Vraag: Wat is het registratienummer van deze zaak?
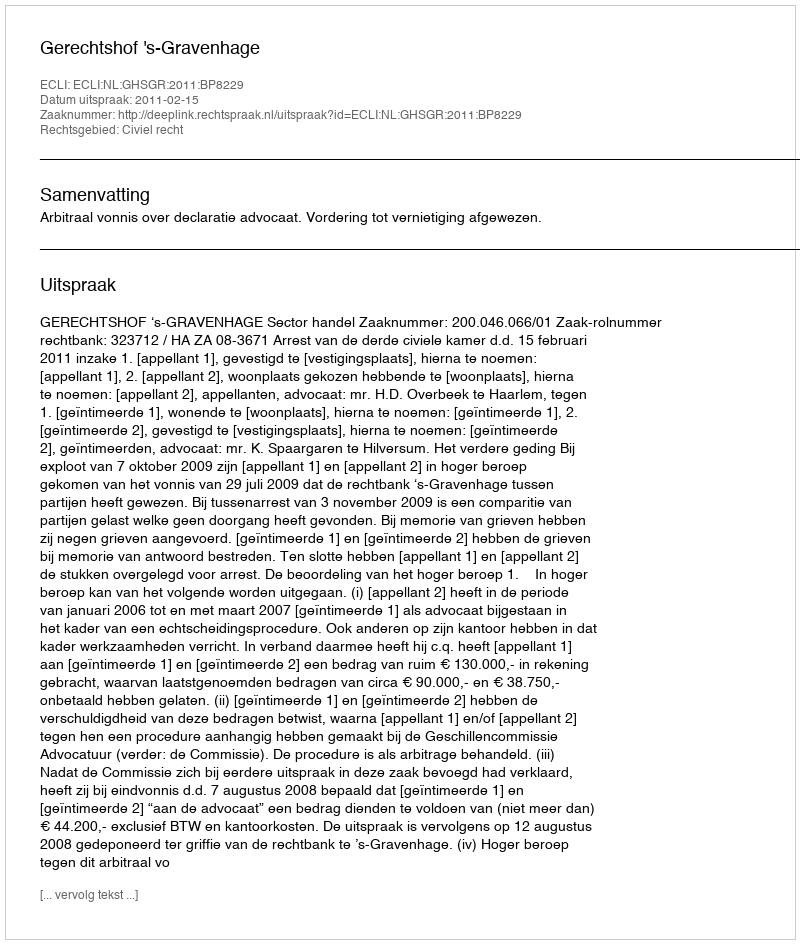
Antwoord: http://deeplink.rechtspraak.nl/uitspraak?id=ECLI:NL:GHSGR:2011:BP8229